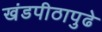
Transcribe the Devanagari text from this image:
खंडपीठापुढे